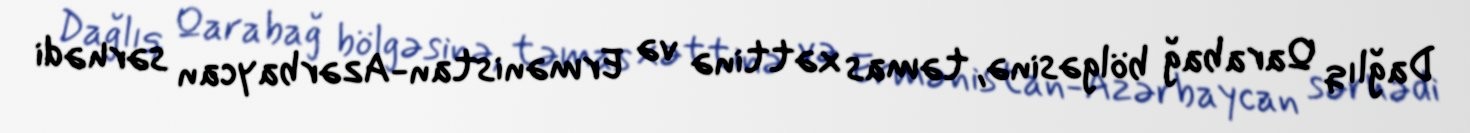
Dağlıq Qarabağ bölgəsinə, təmas xəttinə və Ermənistan-Azərbaycan sərhədi